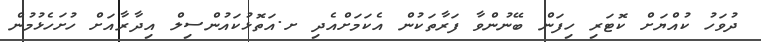
ދުވަހު ކުއްޔަށް ކޮޓަރި ހިފަން ބޭނުންވާ ފަރާތަކުން އެކަމަށްއެދި ށ.އަތޮޅުކައުންސިލް އިދާރާއަށް ހުށަހެޅުމުން